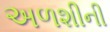
અળશીની